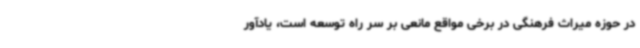
در حوزه میراث فرهنگی در برخی مواقع مانعی بر سر راه توسعه است، یادآور